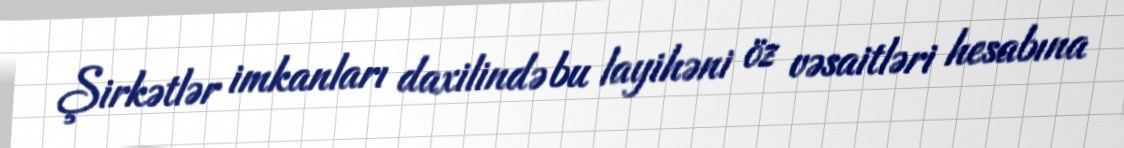
Şirkətlər imkanları daxilində bu layihəni öz vəsaitləri hesabına